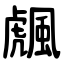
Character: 䬌